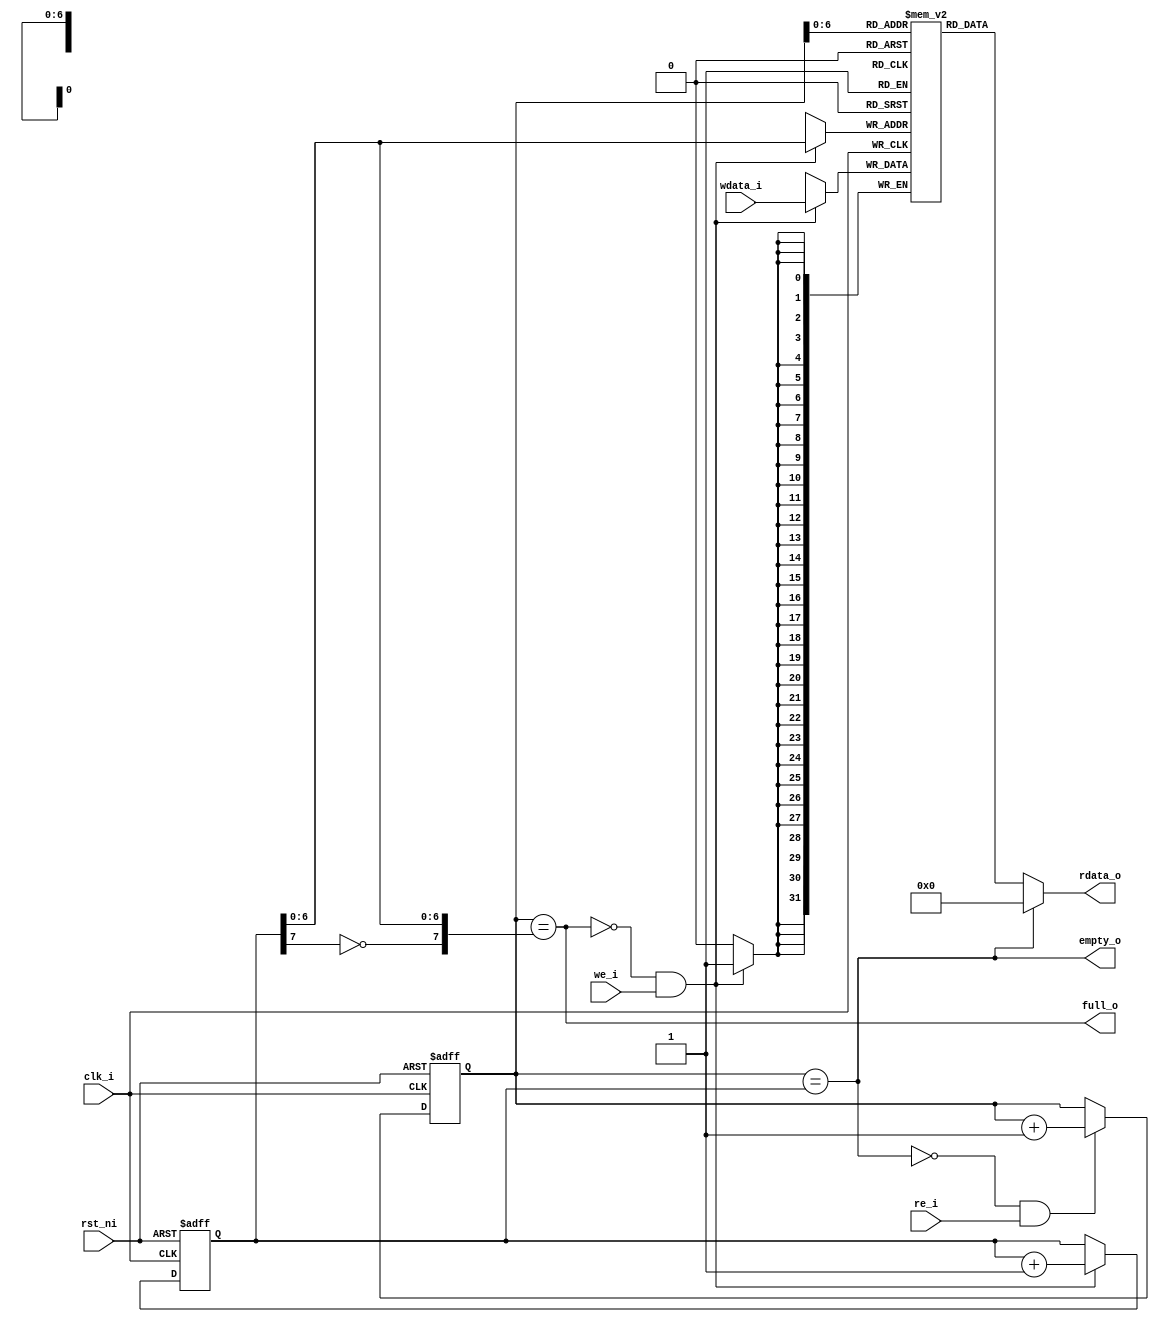
`timescale 1ns / 1ps

module sync_fifo #(
    parameter WIDTH = 32,
    parameter DEPTH = 128
) (
    input wire clk_i,
    input wire rst_ni,
    input wire [WIDTH-1:0] wdata_i,
    input wire we_i,
    input wire re_i,
    output wire [WIDTH-1:0] rdata_o,
    output wire full_o,
    output wire empty_o
);

localparam ADDR_BITS = $clog2(DEPTH);   // address width for buffer

reg [ADDR_BITS:0] w_ptr, r_ptr;
wire [ADDR_BITS:0] w_ptr_incr, r_ptr_incr;
wire [ADDR_BITS:0] w_ptr_next, r_ptr_next;

wire [ADDR_BITS-1:0] w_addr, r_addr;

reg [WIDTH-1:0] mem [0:DEPTH-1];

assign w_ptr_incr = w_ptr + 1'b1;
assign r_ptr_incr = r_ptr + 1'b1;

assign w_ptr_next = (~full_o & we_i)? w_ptr_incr : w_ptr;
assign r_ptr_next = (~empty_o & re_i)? r_ptr_incr : r_ptr;

assign full_o = r_ptr == {~w_ptr[ADDR_BITS], w_ptr[ADDR_BITS-1:0]};
assign empty_o = r_ptr == w_ptr;

assign w_addr = w_ptr[ADDR_BITS-1:0];
assign r_addr = r_ptr[ADDR_BITS-1:0];

assign rdata_o = (empty_o)? {WIDTH{1'b0}} : mem[r_addr];

always @(posedge clk_i, negedge rst_ni) begin
    if (~rst_ni) begin
        w_ptr <= 0;
        r_ptr <= 0;
    end
    else begin
        w_ptr <= w_ptr_next;
        r_ptr <= r_ptr_next;
    end
end

always @(posedge clk_i) begin
    if (we_i & ~full_o) begin
        mem[w_addr] <= wdata_i;
    end
end

endmodule